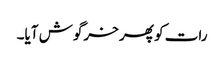
رات کو پھر خرگوش آیا۔